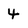
Character: 4